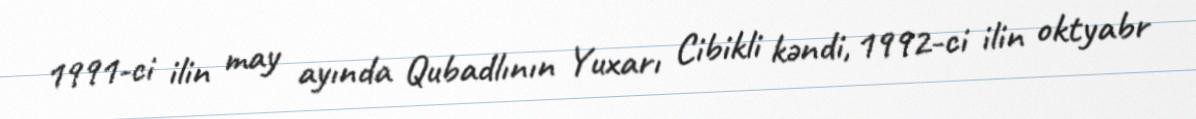
1991-ci ilin may ayında Qubadlının Yuxarı Cibikli kəndi, 1992-ci ilin oktyabr